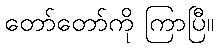
တော်တော်ကို ကြာပြီ။